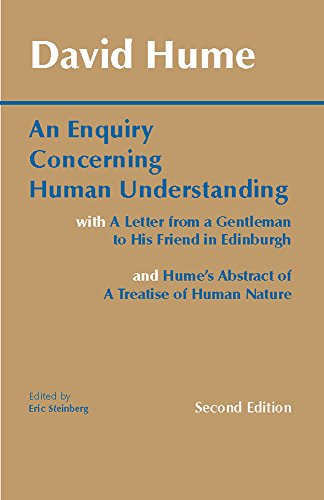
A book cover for An Enquiry Concerning Human Understanding: with Hume's Abstract of A Treatise of Human Nature and A Letter from a Gentleman to His Friend in Edinburgh (Hackett Classics); David Hume; Politics & Social Sciences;